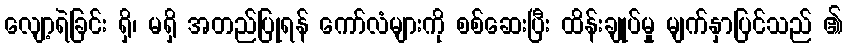
လျော့ရဲခြင်း ရှိ၊ မရှိ အတည်ပြုရန် ကော်လံများကို စစ်ဆေးပြီး ထိန်းချုပ်မှု မျက်နှာပြင်သည် ၏